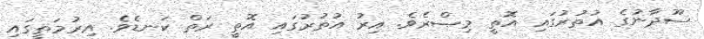
ސޫދާނުގެ އުތުރުގައި އޮތީ މިޞްރެވެ. އިރު އުތުރުގައި އޮތީ ރަތް ކަނޑެވެ. އިރުމަތީގައި